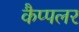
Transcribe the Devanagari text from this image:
कैप्पलर